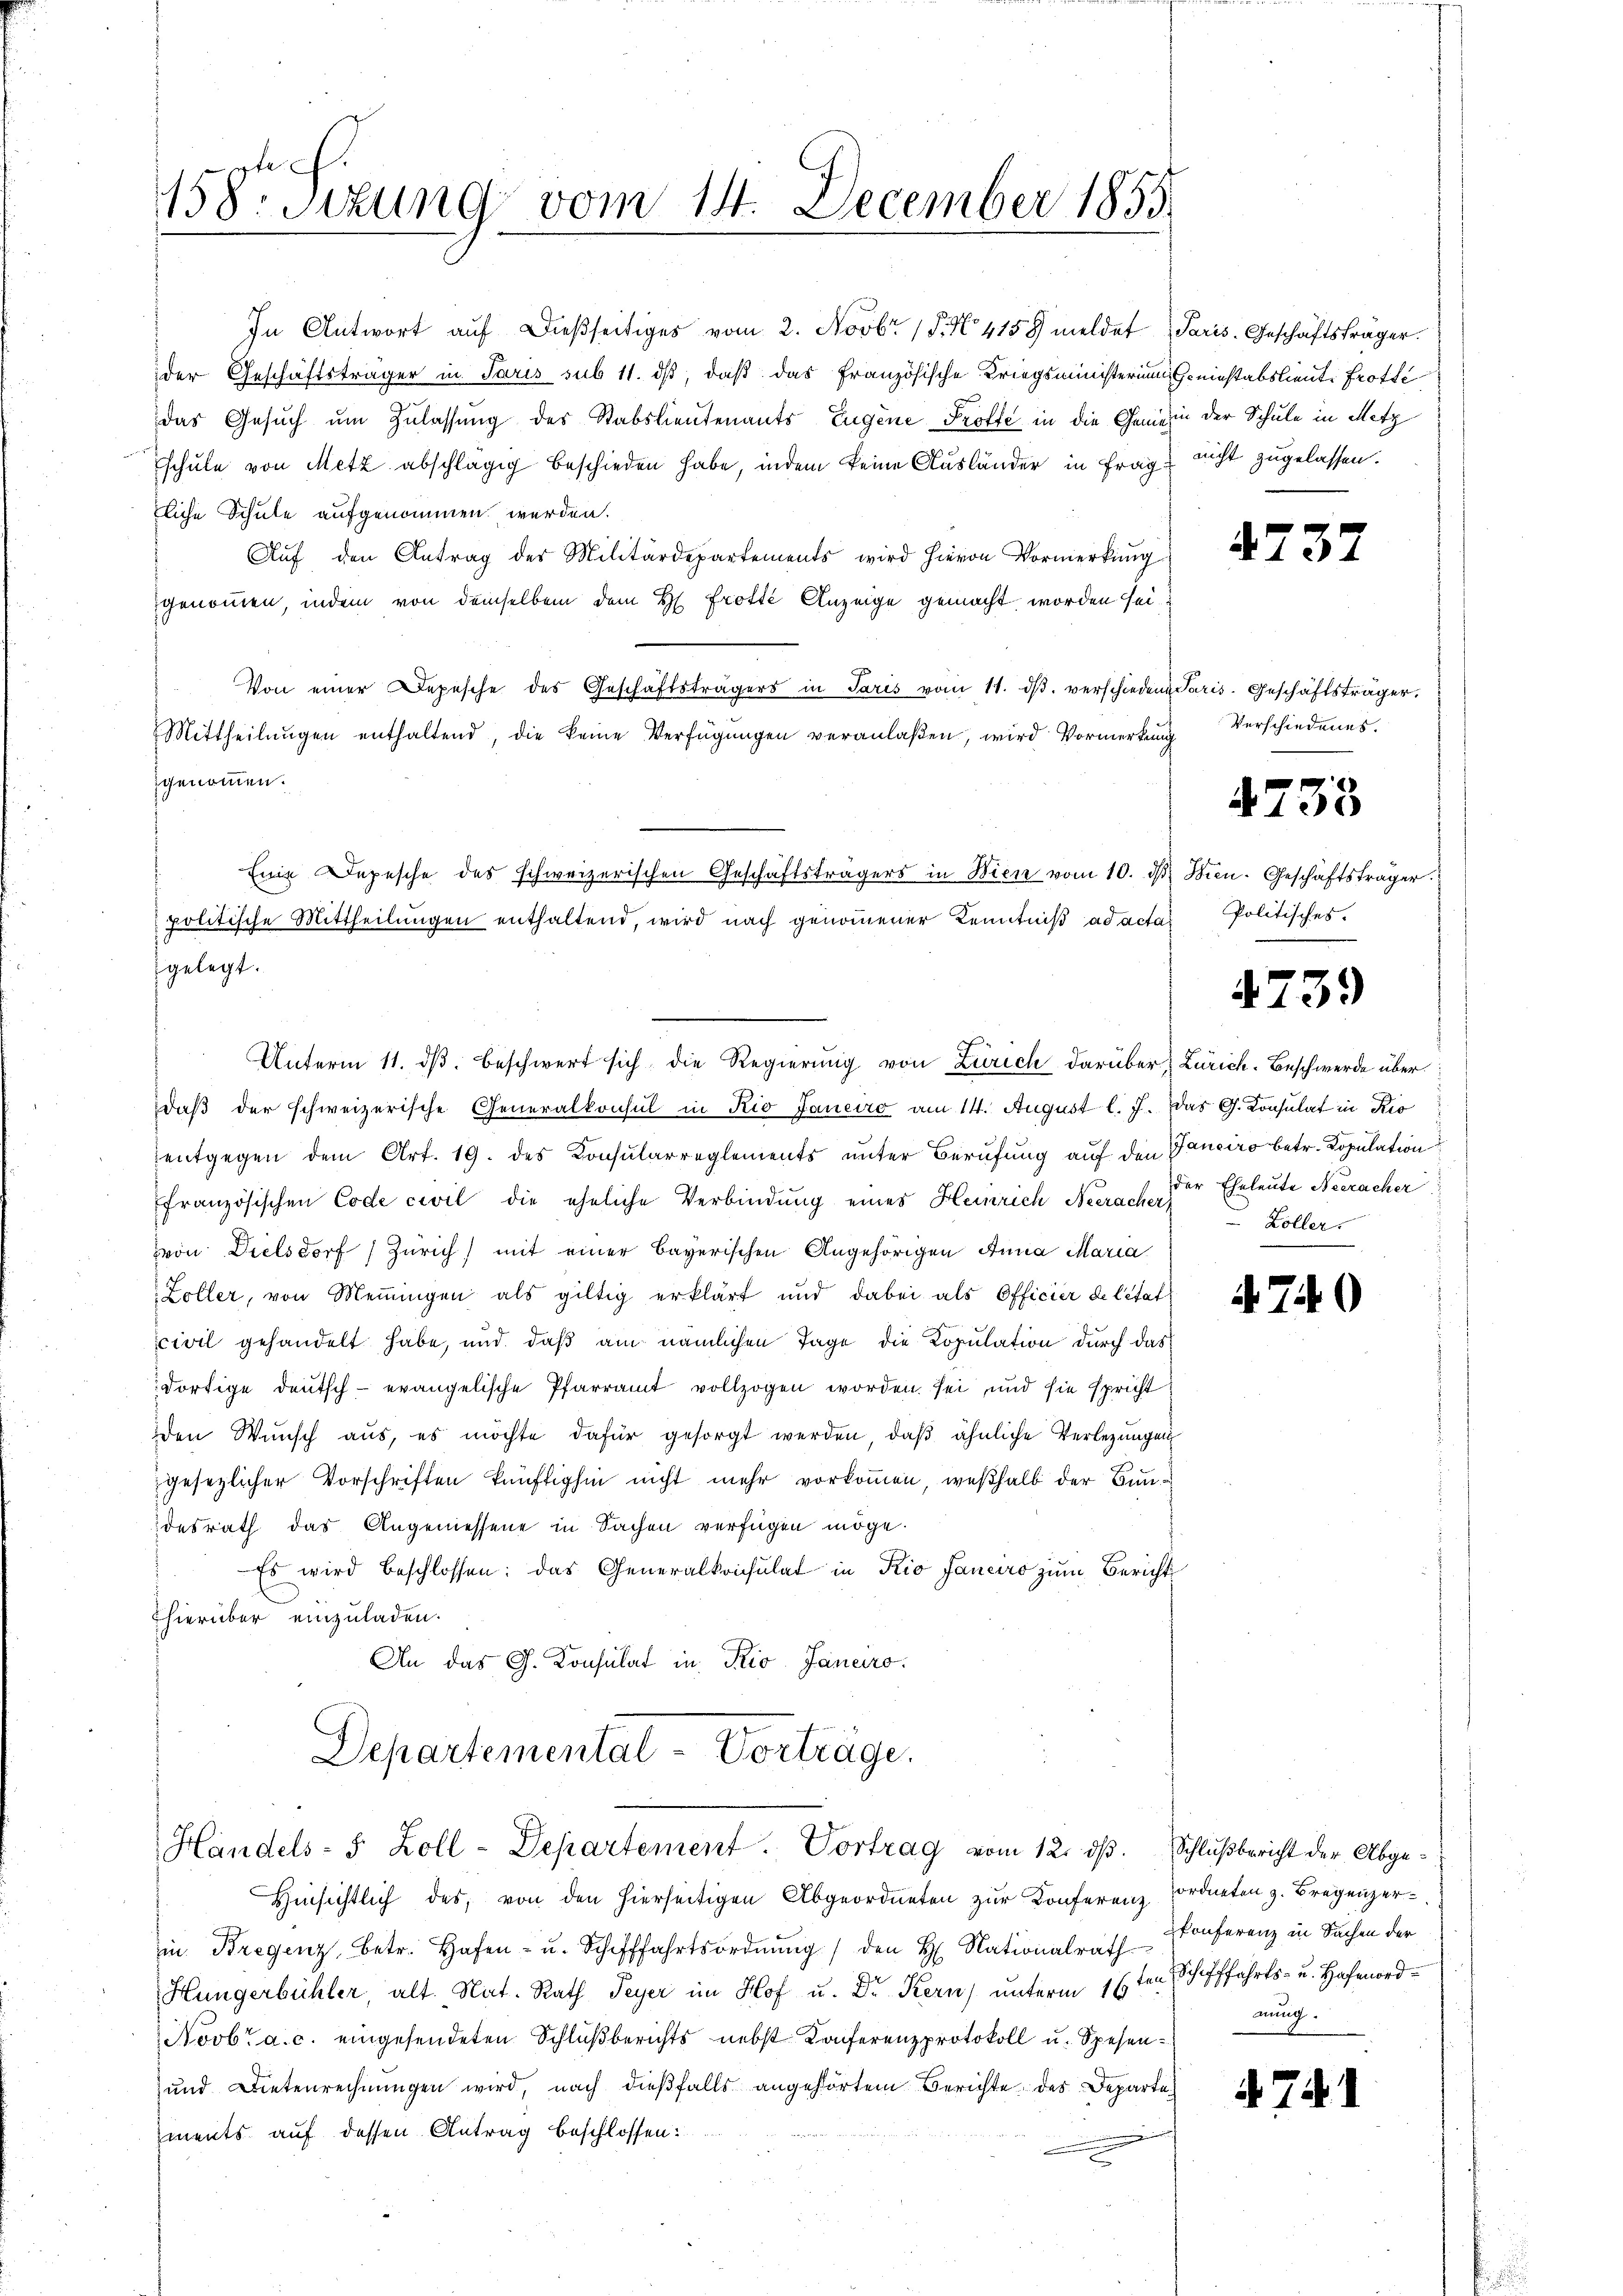
In Antwort auf dießseitiges vom 2. Novbr. 15. No. 4158 meldet Paris. Geschäftsträger.
der Geschäftsträger in Paris sub 11. ds, daß das Französische Kriegsministerium Geniestabslieute frotte
das Gesuch um Zulassung des Stabslieutenants Eugene Proffe in die Gemein der Schule in Metz
schule von Metz abschlägig beschieden habe, indem keine Ausländer in Frag nicht zugelassen.
liche Schule aufgenommen werden.
Auf den Antrag der Militärdepartements wird hievon Vormerkung
genommen, indem von demselben dem H. Trotte Anzeige gemacht worden sei,
Von einer Depesche des Geschäftsträgers in Paris vom 11. dβ. verschiedene Paris. Geschäftsträger.
Mittheilŭngen enthaltend, die keine Verfügungen veranlaßen, wird Vormerkung
zgenommen.
Eine Depesche des schweizerischen Geschäftsträgers in Wien vom 10. dβ Wien. Geschäftsträger
politische Mittheilungen enthaltend, wird nach genommener Kenntniß ad acta
gelegt.

Unterm 11. dβ beschwert sich die Regierung von Zürich darüber Zürich-Beschwerde über
daß der schweizerische Generalkonsul in Rio Janeiro am 14. August l. J. Das G. Konsulat in Rio
entgegen dem Art. 19. des Konsularreglements unter Berufung auf den Ganciro betr. Kopulation
ffranzösischen Code civil die eheliche Verbindung eines Heinrich Neerach der Eheleute Neeracher
von Dielsdorf (Zürich) mit einer bayerischen Angehörigen Anna Maria
Zöller, von Meinungen als giltig erklärt und dabei als Officier de letat
civil gehandelt habe, und daß am nämlichen Tage die Kopulation durch das
dortige deutsch - evangelische Pfarramt vollzogen worden sei, und sie spricht
den Wunsch aus, es möchte dafür gesorgt werden, daß ähnliche Verlegungen
gesezlicher Vorschriften künftighin nicht mehr vorkom̃en, weßhalb der Bundesrath das Angemessene in Sachen verfügen möge.
Es wird beschlossen: das Generalkonsulat in Rio Janeiro zŭm Bericht
hierüber einzuladen.
An das G. Konsulat in Krio. Janeiro

h.
158. Sekung vom 14. December 1855

Departemental-Vorträge.
Handels- & Zoll-Departement. Vortrag vom 12. dβ. Schlußbericht der Abge¬

in Bregenz, betr. Hafen- u. Schifffahrtsordnŭng / den H. Nationalrath Konferenz in Sachen der
Hungerbühler, alt. Nat. Rath Peyer im Hof u. Dr Kern) unterm 16ten Schifffahrts- u. Hafenord¬
Novbr. a. c. eingesendeten Schlußberichts nebst Konferenzprotokoll u. Spesen¬
und Dietenrechnungen wird, nach dießfalls angehörtem Berichte des Departements auf dessen Antrag beschlossen:

Hinsichtlich des, von den hierseitigen Abgeordneten zur Konferenz ordneten z. Bregenzer

4737

Verschiedenes.

4738

Politisches.

4739

Zöller.

4740

nung.

4741